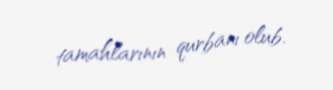
tamahlarının qurbanı olub.